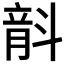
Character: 𣂅